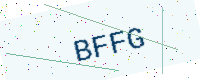
Text: BFFG